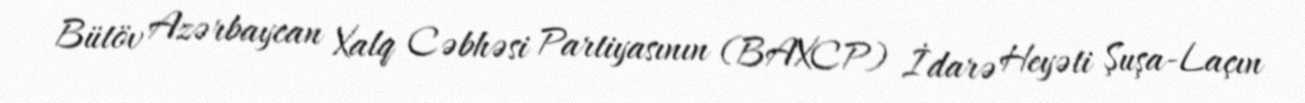
Bütöv Azərbaycan Xalq Cəbhəsi Partiyasının (BAXCP) İdarə Heyəti Şuşa-Laçın